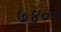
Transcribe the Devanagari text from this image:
७४०५